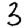
Digit: 3